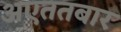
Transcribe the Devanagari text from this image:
अएततबार